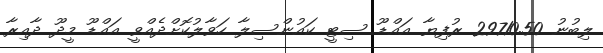
ލިބުނު 29710.50 ރުފިޔާ އައްޑޫ ސިޓީ ކައުންސިލާ ހަވާލުކޮށްދެއްވީ އައްޑޫ މީދޫ ދާއިރާ